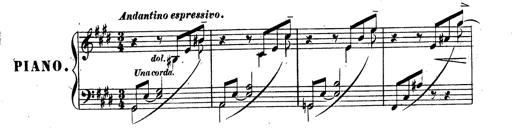
Title: 3 Caprices-Valses
Composer: Franz Liszt